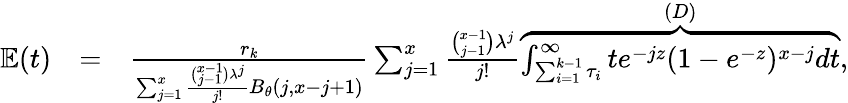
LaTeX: \begin{array}{rlr}{\mathbb{E}(t)}&{=}&{\frac{r_{k}}{\sum_{j=1}^{x}\frac{\binom{x-1}{j-1}\lambda^{j}}{j!}B_{\theta}(j,x-j+1)}\sum_{j=1}^{x}\frac{\binom{x-1}{j-1}\lambda^{j}}{j!}\overbrace{\int_{\sum_{i=1}^{k-1}\tau_{i}}^{\infty}te^{-jz}(1-e^{-z})^{x-j}dt}^{(D)},}\end{array}